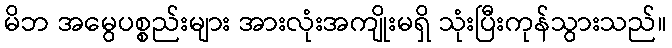
မိဘ အမွေပစ္စည်းများ အားလုံးအကျိုးမရှိ သုံးပြီးကုန်သွားသည်။